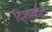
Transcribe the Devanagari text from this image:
दिशाबदल